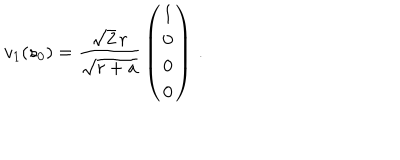
v _ { 1 } ( s _ { 0 } ) = { \frac { \sqrt { 2 } \, r } { \sqrt { r + a } } } \left( \begin{array} { c } { { 1 } } \\ { { 0 } } \\ { { 0 } } \\ { { 0 } } \\ \end{array} \right) \, .